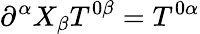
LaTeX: \partial^{\alpha}X_{\beta}T^{0\beta}=T^{0\alpha}